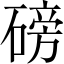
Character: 磅